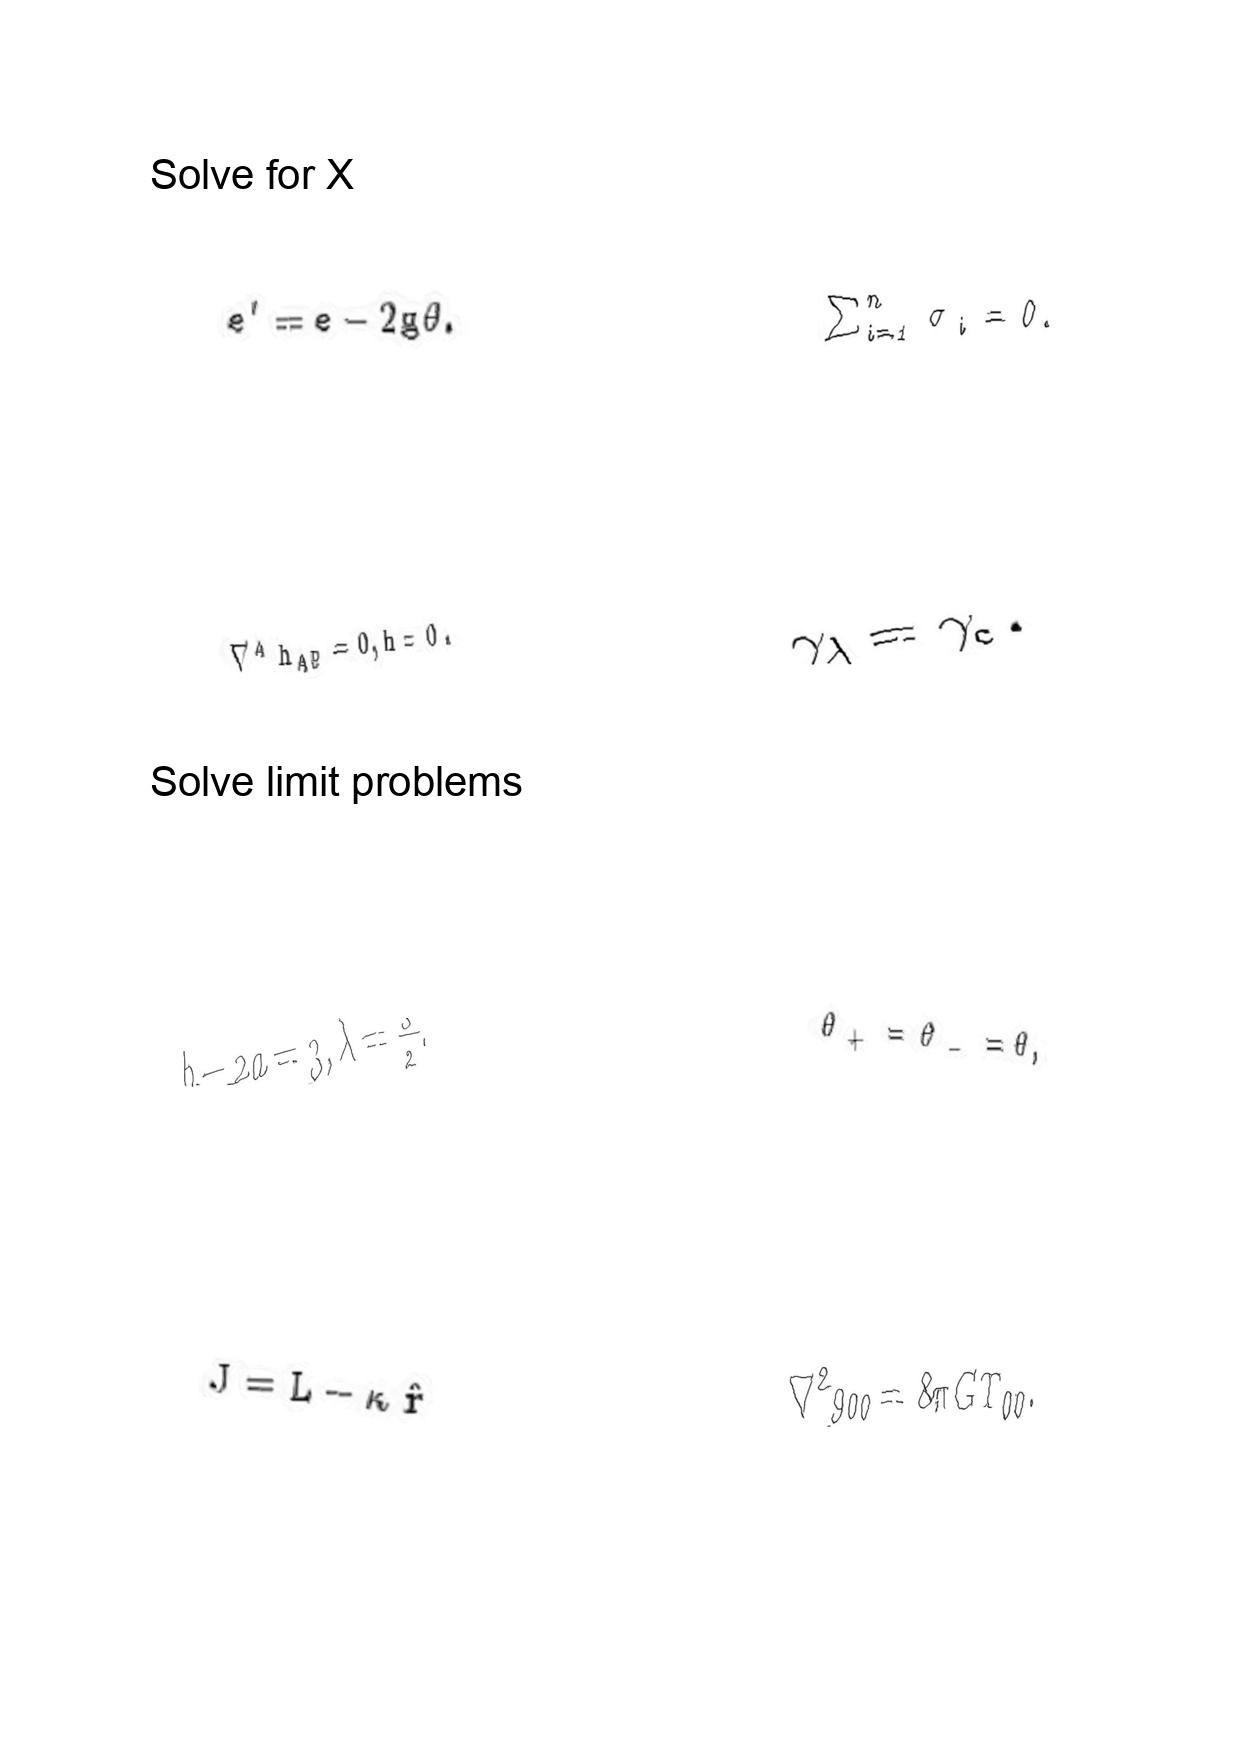
LaTeX transcription:
e ^ { \prime } = e - 2 g \theta .
\nabla ^ { A } h _ { A B } = 0 , h = 0 .
b - 2 a = 3 , \lambda = \frac { 3 } { 2 } .
J = L - \kappa \hat { r }
\sum _ { i = 1 } ^ { n } \sigma _ { i } = 0 .
\gamma _ { \lambda } = \gamma _ { c } .
\theta _ { + } = \theta _ { - } = \theta ,
\nabla ^ { 2 } g _ { 0 0 } = 8 \pi G T _ { 0 0 } .